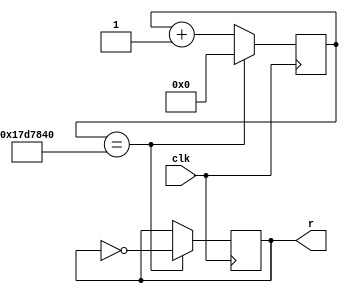
`timescale 1ns / 1ps
//////////////////////////////////////////////////////////////////////////////////
// Company: 
// Engineer: 
// 
// Design Name: 
// Module Name:    pruebacodigo 
// Project Name: 
// Target Devices: 
// Tool versions: 
// Description: 
//
// Dependencies: 
//
// Revision: 
// Revision 0.01 - File Created
// Additional Comments: 
//
//////////////////////////////////////////////////////////////////////////////////
module pruebacodigo(clk, r); 
input clk;//entrada reloj principal del constrain  file
output reg r; //salida del reloj 

reg [31:0] z;
parameter y = 32'd25000000;//aqui de ajusta la frecuencia

always @(posedge clk)
begin
z <= z + 1;
if (z == y)
begin 
z <=0;
r <= ~r;
end
end 


endmodule